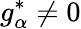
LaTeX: g_{\alpha}^{*}\neq 0